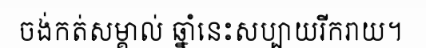
ចង់កត់សម្គាល់ ឆ្នាំនេះសប្បាយរីករាយ។